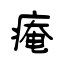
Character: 痷